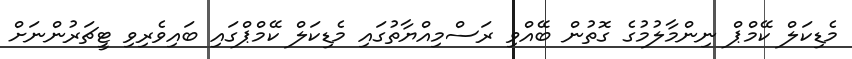
މެޑިކަލް ކޭމްޕް ނިންމާލުމުގެ ގޮތުން ބޭއްވި ރަސްމިއްޔާތުގައި މެޑިކަލް ކޭމްޕްގައި ބައިވެރިވި ޓީޗަރުންނަށް